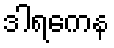
ဒါရကေန